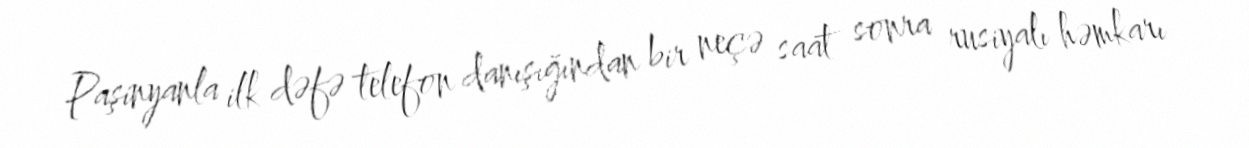
Paşinyanla ilk dəfə telefon danışığından bir neçə saat sonra rusiyalı həmkarı